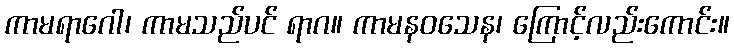
ကာမရာဂေါ၊ ကာမသည်ပင် ရာဂ။ ကာမနဝသေန၊ ကြောင့်လည်းကောင်း။